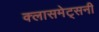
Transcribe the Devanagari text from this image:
क्लासमेट्सनी